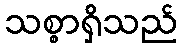
သစ္စာရှိသည်